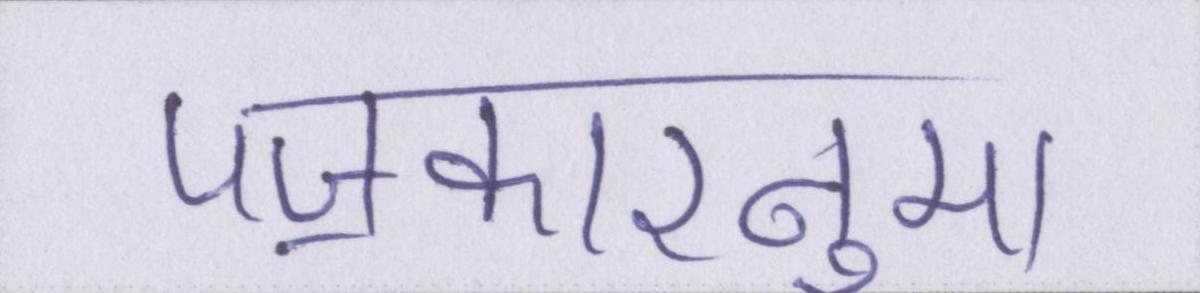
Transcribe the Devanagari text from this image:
पॼकारनुमा